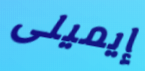
إيميلى